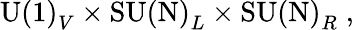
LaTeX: \mathrm{U(1)}_{V}\times\mathrm{SU(N)}_{L}\times\mathrm{SU(N)}_{R}\; ,